Report of the Imperial Institute of Veterinary Research, Muktesar
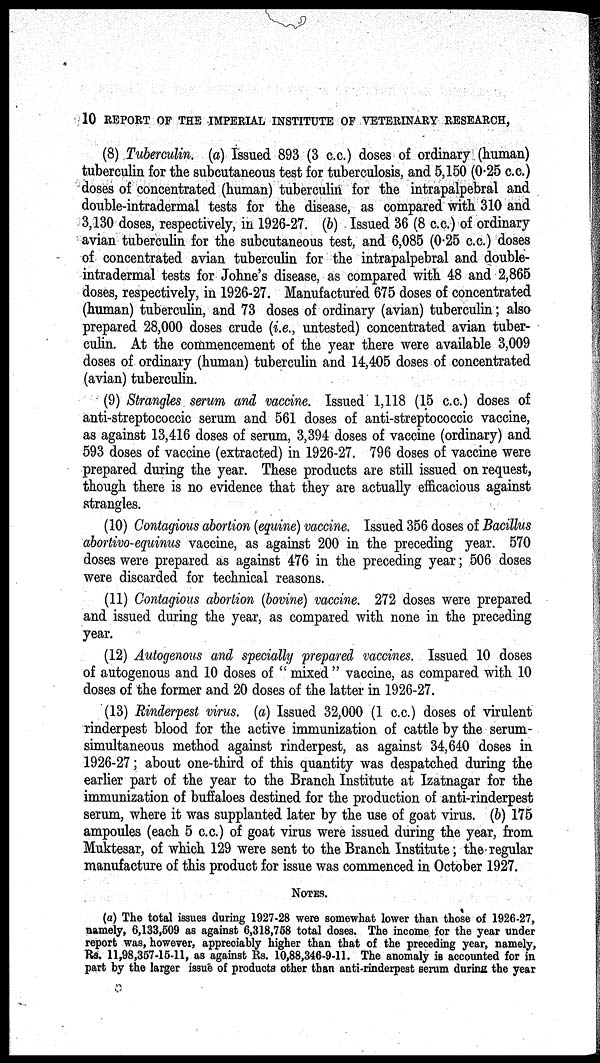
10 REPORT OF THE IMPERIAL INSTITUTE OF VETERINARY RESEARCH,
(8) Tuberculin. (a) Issued 893 (3 c.c.) doses of ordinary (human)
tuberculin for the subcutaneous test for tuberculosis, and 5,150 (0.25 c.c.)
doses of concentrated (human) tuberculin for the intrapalpebral and
double-intradermal tests for the disease, as compared with 310 and
3,130 doses, respectively, in 1926-27. (b) Issued 36 (8 c.c.) of ordinary
avian tuberculin for the subcutaneous test, and 6,085 (0.25 c.c.) doses
of concentrated avian tuberculin for the intrapalpebral and double-
intradermal tests for Johne's disease, as compared with 48 and 2,865
doses, respectively, in 1926-27. Manufactured 675 doses of concentrated
(human) tuberculin, and 73 doses of ordinary (avian) tuberculin; also
prepared 28,000 doses crude (i.e., untested) concentrated avian tuber-
culin. At the commencement of the year there were available 3,009
doses of ordinary (human) tuberculin and 14,405 doses of concentrated
(avian) tuberculin.
(9) Strangles serum and vaccine. Issued 1,118 (15 c.c.) doses of
anti-streptococcic serum and 561 doses of anti-streptococcic vaccine,
as against 13,416 doses of serum, 3,394 doses of vaccine (ordinary) and
593 doses of vaccine (extracted) in 1926-27. 796 doses of vaccine were
prepared during the year. These products are still issued on request,
though there is no evidence that they are actually efficacious against
strangles.
(10) Contagious abortion (equine) vaccine. Issued 356 doses of Bacillus
abortivo-equinus vaccine, as against 200 in the preceding year. 570
doses were prepared as against 476 in the preceding year; 506 doses
were discarded for technical reasons.
(11) Contagious abortion (bovine) vaccine. 272 doses were prepared
and issued during the year, as compared with none in the preceding
year.
(12) Autogenous and specially prepared vaccines. Issued 10 doses
of autogenous and 10 doses of " mixed " vaccine, as compared with 10
doses of the former and 20 doses of the latter in 1926-27.
(13) Rinderpest virus. (a) Issued 32,000 (1 c.c.) doses of virulent
rinderpest blood for the active immunization of cattle by the serum-
simultaneous method against rinderpest, as against 34,640 doses in
1926-27; about one-third of this quantity was despatched during the
earlier part of the year to the Branch Institute at Izatnagar for the
immunization of buffaloes destined for the production of anti-rinderpest
serum, where it was supplanted later by the use of goat virus. (b) 175
ampoules (each 5 c.c.) of goat virus were issued during the year, from
Muktesar, of which 129 were sent to the Branch Institute; the regular
manufacture of this product for issue was commenced in October 1927.
NOTES.
(a) The total issues during 1927-28 were somewhat lower than those of 1926-27,
namely, 6,133,509 as against 6,318,758 total doses. The income for the year under
report was, however, appreciably higher than that of the preceding year, namely,
Rs. 11,98,357-15-11, as against Rs. 10,88,346-9-11. The anomaly is accounted for in
part by the larger issue of products other than anti-rinderpest serum during the year